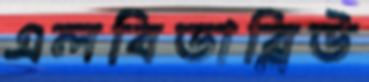
এলবিডাব্লিউ